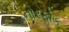
નોરફોક